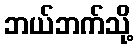
ဘယ်ဘက်သို့